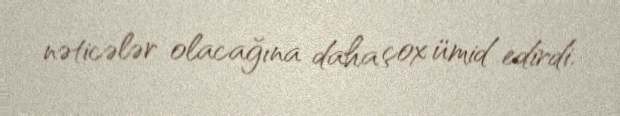
nəticələr olacağına daha çox ümid edirdi.